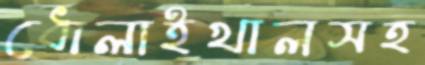
ধোলাইখালসহ